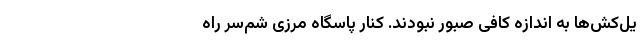
یل‌کش‌ها به اندازه کافی صبور نبودند. کنار پاسگاه مرزی شمّ‌سر راه